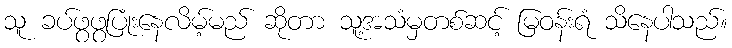
သူ ခပ်ဖွဖွပြုံးနေလိမ့်မည် ဆိုတာ သူ့အသံမှတစ်ဆင့် မြဝန်းရံ သိနေပါသည်။